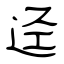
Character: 迳